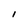
Character: l